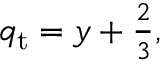
\begin{array} { r } { q _ { \mathrm { t } } = y + \frac { 2 } { 3 } , } \end{array}